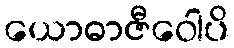
ယောဓာဇီဝေါပိ